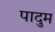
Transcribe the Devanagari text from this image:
पादुम